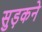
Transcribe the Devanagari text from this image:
सुड़कने